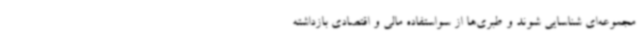
مجموعه‌ای شناسایی شوند و طبری‌ها از سواستفاده مالی و اقتصادی بازداشته